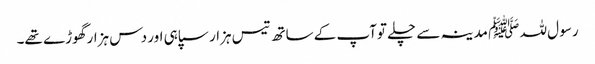
رسو ل للہ ﷺ مدینہ سے چلے توآپ کے ساتھ تیس ہزار سپاہی اور دس ہزار گھوڑے تھے۔